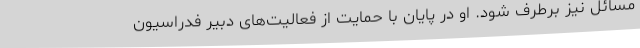
مسائل نیز برطرف شود. او در پایان با حمایت از فعالیت‌های دبیر فدراسیون